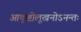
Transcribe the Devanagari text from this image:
आकृष्टोलूखनोऽनन्तः